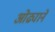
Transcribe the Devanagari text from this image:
ओढ्याने